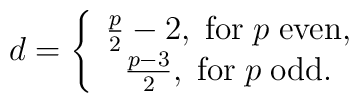
d=\left\{ \begin{array}{c}\frac p2-2,\; {\rm for}\;p\;{\rm even}, \\ \frac{p-3}2,\;{\rm for}\;p\;{\rm odd}. \end{array}\right.